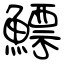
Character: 鰾